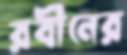
রবীনের